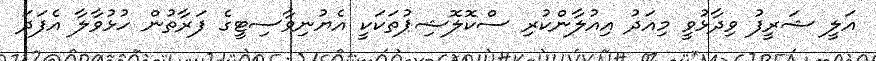
އަލީ ޝަރީފު ވިދާޅުވީ މިއަދު އިއުލާންކުރި ސްކޮލޮޝިޕުތަކަކީ އެޔުނިވާސިޓީގެ ފަރާތުން ހުޅުވާލާ އެފަދަ